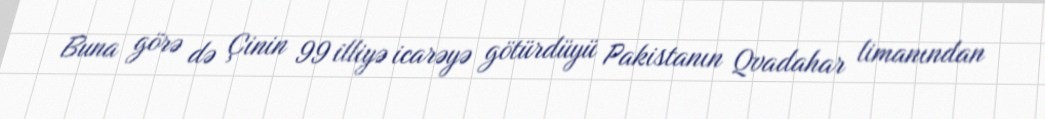
Buna görə də Çinin 99 illiyə icarəyə götürdüyü Pakistanın Qvadahar limanından